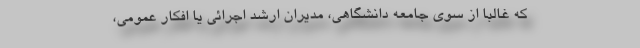
که غالبا از سوی جامعه دانشگاهی، مدیران ارشد اجرائی یا افکار عمومی،